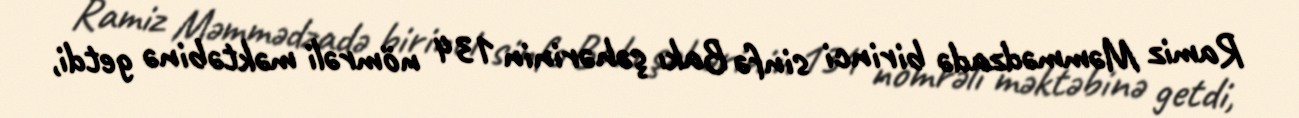
Ramiz Məmmədzadə birinci sinfə Bakı şəhərinin 134 nömrəli məktəbinə getdi,